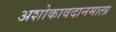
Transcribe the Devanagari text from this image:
अशोकावदानमाला